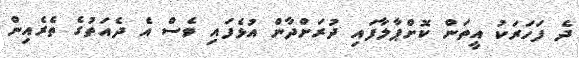
ދެ ފަހަރަކު އީތަން ކޮށްޕާލާފައި ދުރަށްދާން އުޅެފައި ވެސް އެ ދެއަތުގެ ތެރެއިން